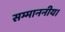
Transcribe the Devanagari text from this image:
सम्माननीय।